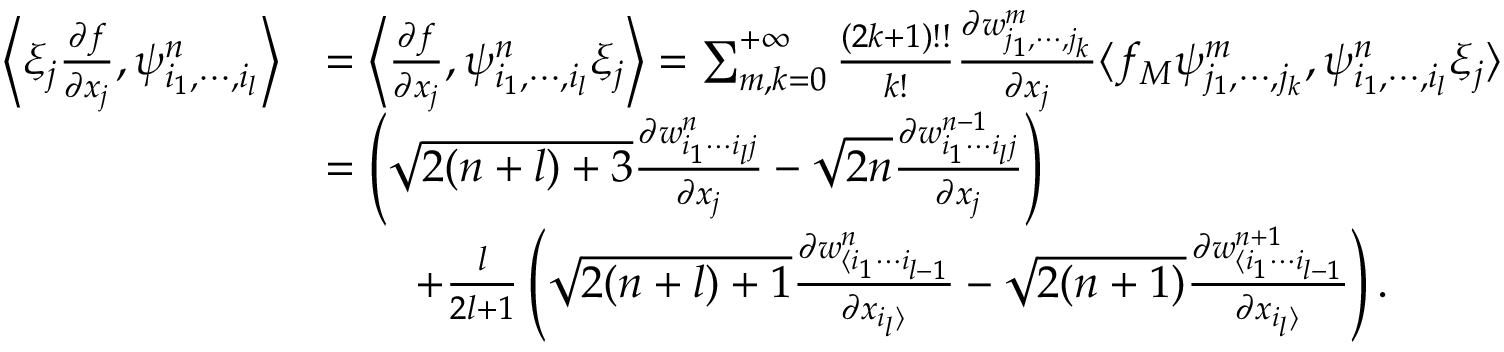
\begin{array} { r l } { \left\langle \xi _ { j } \frac { \partial f } { \partial x _ { j } } , \psi _ { i _ { 1 } , \cdots , i _ { l } } ^ { n } \right\rangle } & { = \left\langle \frac { \partial f } { \partial x _ { j } } , \psi _ { i _ { 1 } , \cdots , i _ { l } } ^ { n } \xi _ { j } \right\rangle = \sum _ { m , k = 0 } ^ { + \infty } \frac { ( 2 k + 1 ) ! ! } { k ! } \frac { \partial w _ { j _ { 1 } , \cdots , j _ { k } } ^ { m } } { \partial x _ { j } } \langle f _ { M } \psi _ { j _ { 1 } , \cdots , j _ { k } } ^ { m } , \psi _ { i _ { 1 } , \cdots , i _ { l } } ^ { n } \xi _ { j } \rangle } \\ & { = \left( \sqrt { 2 ( n + l ) + 3 } \frac { \partial w _ { i _ { 1 } \cdots i _ { l } j } ^ { n } } { \partial x _ { j } } - \sqrt { 2 n } \frac { \partial w _ { i _ { 1 } \cdots i _ { l } j } ^ { n - 1 } } { \partial x _ { j } } \right) } \\ & { \qquad + \frac { l } { 2 l + 1 } \left( \sqrt { 2 ( n + l ) + 1 } \frac { \partial w _ { \langle i _ { 1 } \cdots i _ { l - 1 } } ^ { n } } { \partial x _ { i _ { l } \rangle } } - \sqrt { 2 ( n + 1 ) } \frac { \partial w _ { \langle i _ { 1 } \cdots i _ { l - 1 } } ^ { n + 1 } } { \partial x _ { i _ { l } \rangle } } \right) . } \end{array}